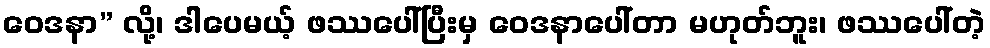
ဝေဒနာ” လို့၊ ဒါပေမယ့် ဖဿပေါ်ပြီးမှ ဝေဒနာပေါ်တာ မဟုတ်ဘူး၊ ဖဿပေါ်တဲ့